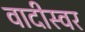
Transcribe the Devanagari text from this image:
वादीस्वर